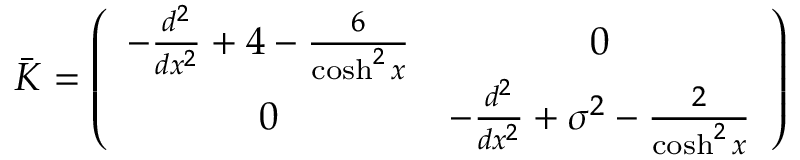
\bar { \cal K } = \left( \begin{array} { c c } { { - \frac { d ^ { 2 } } { d x ^ { 2 } } + 4 - \frac { 6 } { \cosh ^ { 2 } x } } } & { { 0 } } \\ { { 0 } } & { { - \frac { d ^ { 2 } } { d x ^ { 2 } } + \sigma ^ { 2 } - \frac { 2 } { \cosh ^ { 2 } x } } } \end{array} \right)